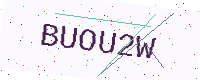
Text: BUOU2W